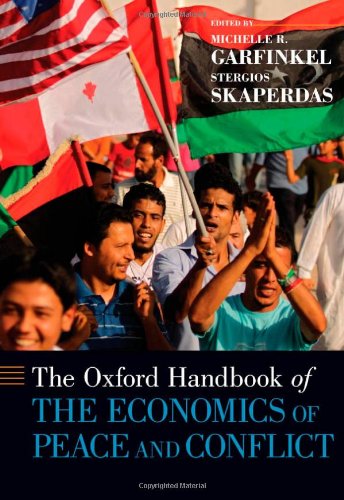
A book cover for The Oxford Handbook of the Economics of Peace and Conflict (Oxford Handbooks); Michelle R. Garfinkel; Business & Money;